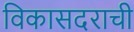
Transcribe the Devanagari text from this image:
विकासदराची